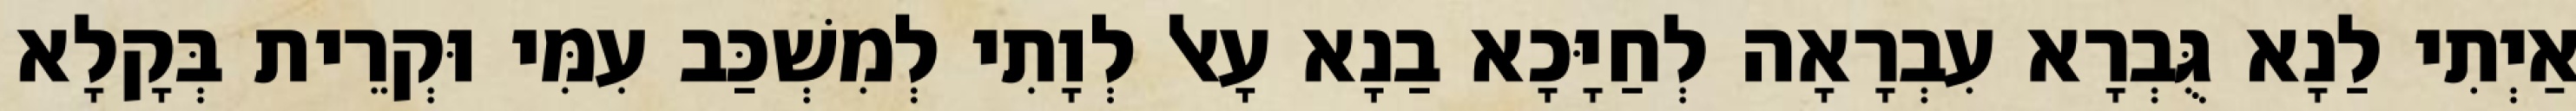
אַיְתִי לַנָא גֻּבְרָא עִבְרָאָה לְחַיָּכָא בַנָא עָאל לְוָתִי לְמִשְׁכַּב עִמִּי וּקְרֵית בְּקָלָא